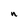
Character: n